Report on sanitation, dispensaries, and jails in Rajputana for 1916, and on vaccination for the year 1916-1917 - 1916-1917
Year: 1916
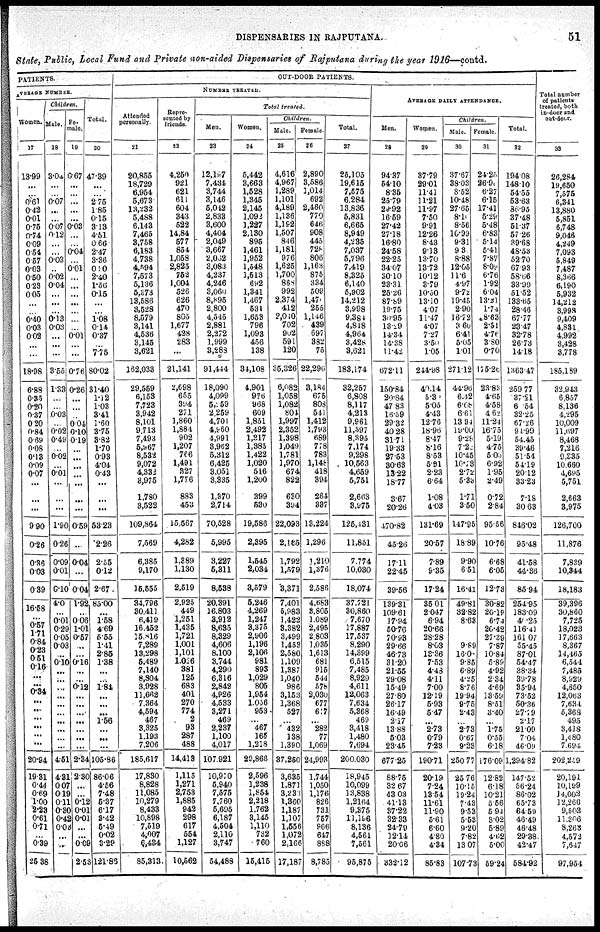
DISPENSARIES IN RAJPUTANA.
51
State, Public, Local Fund and Private non-aided Dispensaries of Rajputana during the year 1916—contd.
PATIENTS.
AVERAGE
NUMBER
Women.
17
13.99
...
...
0.61
0.42
0.01
0.75
0.74
0.09
0.54
0.57
0.03
0.50
0.23
0.05
...
...
0.40
0.03
0.02
...
...
18.98
6.88
0.35
0.20
0.37
0.20
0.84
0.69
0.08
0.13
0.09
0.07
...
...
...
9.90
0.26
0.36
0.03
0.39
...
16.58
...
0.57
1.71
0.84
0.23
0.51
0.16
...
...
0.34
...
...
...
...
...
...
20.94
19.31
0.44
0.69
1.00
2.23
0.61
0.71
...
0.39
25.36
Children.
Male.
18
3.04
...
...
0.07
...
...
0.07
0.12
...
...
0.03
...
0.02
0.04
...
...
...
0.13
0.03
...
...
...
3.53
1.33
...
...
0.03
...
0.02
0.49
...
0.02
...
001
...
...
...
1.60
0.26
0.09
0.01
0.10
4.0
...
0.01
0.29
0.05
0.03
..
0.10
...
...
...
...
...
...
...
...
...
...
4.51
4.31
0.07
0.19
0.11
0.30
0.42
0.08
...
...
...
Female.
19
0.67
...
...
...
...
...
0.03
...
...
0.04
...
0.01
...
...
...
...
...
...
...
0.01
...
...
0.76
0.26
...
...
...
0.04
0.10
0.19
...
...
...
...
...
...
...
0.59
..
0.04
...
0.04
1.92
...
0.06
1.01
0.57
...
...
0.16
...
...
0.12
...
...
...
...
...
...
...
2.34
2. 30
...
...
0.12
0.01
0.01
...
...
0.09
2.53
Total.
20
47.39
...
...
2.75
1.85
0.15
3.13
4.51
0.66
2.47
3.36
0.0
2.40
1.56
0.15
...
...
1.08
0.14
0.37
...
7.75
80.02
31.40
1.12
1.03
3.41
1.60
3.75
3.82
1.70
0.93
4.04
0.43
...
...
...
53.23
2.26
2.55
0.12
2.67
85.00
...
1.58
4.69
5.55
1.41
2.85
1.38
...
...
1.84
...
...
...
1.56
...
...
...
105.86
86.06
4.56
7.48
5.37
6.17
8.42
5.49
0.02
3.29
121.86
OUT-DOOR PATIENTS.
NUMBER TREATED
Attended
personally.
2 1
20,855 .
18,729
6,954
5,673
13,232
5,488
6,143
7,465
3,758
6,183
4,738
4,594
7,573
5,136
5,373
13,586
3,528
8,579
3,141
4,536
3,145
3,621
162,033
29,559
6,153
7,723
3,942
8,101
9,713
7,493
5.967
8,532
9,072
4,332
3,975
1.780
3,522
109,864
7,569
6,385
9,170
15,555
34,796
30,411
6,419
16.452
15,816
7,289
13,298
5,489
7,140
8,804
3,928
11,662
7,364
4,594
467
3,325
1,193
7,206
185,617
17.830
8,828
11,086
10,279
8.433
10,898
7,619
4,007
6,434
85,313
Repre-
sented by
friends.
22
4,250
921
621
611
604
343
522
14.84
577
854
1,058
2,825
752
1,004
526
626
470
805
1,677
428
283
...
21,141
2,698
655
394
271
1,860
1,884
902
1,207
766
1,491
327 1,776
883
453
15,567
4,282
1,889
1.130
2,519
2,925
4.49
1,251 1,435
1,721
1.001
1,101
1,026
381
125
683
401 270
774
2 93
287
488
14,413
1,115
1,271
2,753
1,885
942
298
617
554
1,127
10,562
Total treated.
Men.
23
12,197
7,434
3,744
3,146
5,042
2,833
3,600
4,404
2,049
3,667
2,052
3,083
4,237
4,246
3,060
8,895
2,800
4,545
2,881
2,372
1,999
3,283
91,444
18,090
4,099
5,159
2,259
4,701
4,960
4,991
3,962
5,312
6,425
3.051
3,835
1,370
2,714
70,528
5,995
3,227
5,311
8,538
20,391
16,803
8,912
8,635
8,329
4,606
8,100
3,744
4,290
6,316
2,842
4,926
4,533
3,271
469
2,237
1,100
4,017
107.921
10,910
5,940
7,575
7,760
6,695
6,187
4,604
2,110
3,747
54,488
Women.
24
5,442
3,663
1,528
1,345
2,145
1,092
1,227
2,130
895
1,461
1,952
1,548
1,513
692
1,341
1,467
531
1,653
796
1,093
456
138
34,108
4,901
976
968
609
1,851
2,492
1,317
1,383
1,422
1,020
516
1,200
399
530
19,586
2,395
1,545
2,034
3,579
5,246
4,269
1,247
3,375
2,906
1,196
2,106
981
893
1,029
805
1,954
1,056
953
...
467
165
1,218
29,866
2,596
1,238
1,854
2,218
1,762
3,145
1,110
732
760
15,415
Children.
Male.
25
4,616
4,967
1,289
1.101
4,189
1,136
1,192
1,507
846
1,181
976
1,625
1,700
868
992
2,374
412
2,010
702
902
591
120
35,326
6,082
1,058
1,082
804
1,997
2,352
1,398
1,049
1,781
1,970
674
822
630
394
22,093
2,185
1,792
1,579
3,371
7,401
5,983
1,422
3,382
3,499
1,453
2,580
1,109
1,387
1,040
986
3,153
1,368
527
...
432
138
1,390
37,250
3,635
1.871
3,233
1,360
1,187
1,107
1,656
1,072
2,166
17,187
Female
26
2,890
3,586
1,014
692
2,460
770
646
908
445
728
806
1,163
875
334
509
1,470
255
1,146
439
697
382
75
22,296
3,184
675
808
541
1,412
1,793
689
778
783
1,148
418
394
264
387
13,224
1,296
1,210
1,376
2,586
4,683
3,805
1,089
2,495
2,803
1,035
1,613
681
915
544
578
2,030
677
617
...
282
77
1,069
24,993
1,744
1,050
1,176
826
731
757
966
647
888
8,785
Total.
27
25,105
19,615
7,575
6,284
13.836
5,831
6,665
8,949
4,235
7,037
5,796
7,419
8,325
6,140
5,902
14,212
3,998
9,381
4,818
4,964
3,428
3.621
183,174
32,257
6,808
8,117
4,213
9,961
11,597
8,395
7,174
9,298
10,563
4,659
5,751
2,663
3,975
125,131
11,851
7,774
10,030
18,074
37,721
30,860
7,670
17,887
17,537
8,290
14,399
6,515
7,485
8,929
4,611
12,063
7,634
5,368
469
3,418
1,480
7,094
200,030
18,945
10,099
13,838
1,2164
9,375
11,196
8,136
4,561
7,561
95,875
AVERAGE DAILY ATTENDANCE.
Men.
28
94.37
54.10
8.35
25.79
29.92
16.59
27.42
27.18
16.80
24.58
22.25
34.07
30.10
23.31
25.26
87.89
19.75
30.95
13.29
14.34
14.38
11.42
672.11
150.84
30.84
47.83
16.59
29.32
40.28
31.71
93.33
27.53
30.63
13.22
18.77
3.67
20.26
470.82
45.26
17.11
22.45
39.56
139.31
109.61
17.94
50.76
70.93
29.66
46.73
31.20
21.55
29.08
15.49
27.80
26.17
16.49
2.17
13.88
5.03
23.45
677.25
88.75
32.67
43.03
41.13
37.22
32.33
24.70
12.14
20.06
332.12
Women.
29
97.79
29.01
11.41
11.21
11.97
7.50
9.91
12.26
8.43
9.13
13.70
13.72
10.12
3.79
10.50
13.10
4.07
11.47
4.07
7.27
3.50
1.05
244.93
40.14
5.30
5.05
4.43
12.76
18.96
8.47
8.16
8.53
5.91
2.23
6.64
1.08
4.03
131.69
20.57
7.89
9.35
17.24
35.01
2.047
6.94
20.66
28.28
8.03
13.36
7.53
4.43
4.11
7.00
12.19
5.93
5.47
...
2.73
0.79
7.23
190.71
20.19
7.24
13.54
11.61
11.90
5.61
6.60
4.80
4.34
85.83
Children.
Male.
30
37.67
38.03
8.52
10.48
27.65
8.10
8.56
10.99
9.31
9.3
8.88
12.05
11.6
4.92
9.72
19.45
2.90
16.72
3.60
6.41
5.05
1.01
271.12
44.96
6,92
6.08
6.61
13.94
19.00
9.28
7.22
10.45
10.73
2.72
5.33
1.71
3.50
147.95
18 89
9.90
6.51
16.41
49.81
32.82
8.63
9.89
16.0
9.85
6.89
4.25
8.76
19.94
9.75
2.43
...
2.73
0.67
9.23
250.77
25.76
10.15
19.24
7.43
9.53
5.536
9.20
7.82
13.07
107.73
Female.
31
24.2
26.90
6.27
6.15
17.41
5.29
6.48
6.83
5.14
5.41
7.87
8.09
6.76
1.92
6.04
13.21
1.74
8.63
2.51
4.76
3.80
0.70
175.20
23.83
4.65
4.58
4.62
11.24
16.75
5.19
4.75 5.00
6.92
1.95
2.49
0.72
2.84
95.56
10.76
6.68
6.05
12.73
30.82
20.18
6.74
20.42
27.39
7.87
10.84
5.89
4.92
234
4.69
13.59
8.51
3.40
...
1.75
0.55
6.18
176.09
12.82
6.18
10.21
5.66
5.94
3.02
5.89
4.62
5.00
59.24
Total
32
194.08
148.10
54.55
53.63
36.95
37.48
51.37
57.26
39.68
48.53
52.70
67.93
58.66
33.99
51.52
133.65
28.46
67.77
23.47
32.78
26.73
14.18
1363.47
259.77
37.21
6.54
32.25
67.26
94.99
54.45
39.46
51.54
54.19
20.12
33.23
7.18
30.63
846.02
95.48
41.58
44.36
85.94
254.95
183.09
40.25
116.40
161.07
55.45
87.01
54.47
38.34
39.78
35.94
73.52
50.36
27.29
2.17
21.09
7.04
46.09
1,29482
147.52
56.24
86.02
65.73
64.59
46.49
46.48
29.38
42.47
584.92
Total number
of patients
treated,both
in-door and
out-door.
33
26,284
19,650
7,575
6,341
13,880
5,851
6,748
9,046
4,249
7,093
5,849
7,487
8,366
6,190
5,932
14,212
3,998
9,409
4,831
4,992
3,428
3,778
185,189
32,943
6,857
8,136
4,295
10,009
11697
8,468
7,216
9.335
10,660
4,685
5,751
2,663
3,975
126,700
11.876
7,829
10.344
18,183
39,396
30,860
7,725
18,023
17,663
8,367
14,465
6,544
7,485
8,920
4,650
12,063
7,634
5,368
495
3,418
1,480
7.695
202,259
20,191
10,199
14,002
12,266
9,503
11,306
8,268
4,572
7,647
97,954